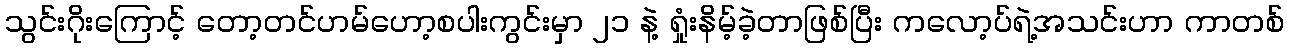
သွင်းဂိုးကြောင့် တော့တင်ဟမ်ဟော့စပါးကွင်းမှာ ၂၁ နဲ့ ရှုံးနိမ့်ခဲ့တာဖြစ်ပြီး ကလော့ပ်ရဲ့အသင်းဟာ ကာတစ်